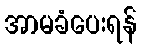
အာမခံပေးရန်